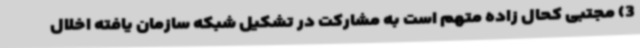
3) مجتبی کحال زاده متهم است به مشارکت در تشکیل شبکه سازمان یافته اخلال